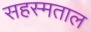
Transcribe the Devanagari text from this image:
सहस्मताल